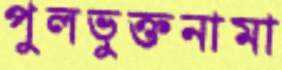
পুলভুক্তনামা